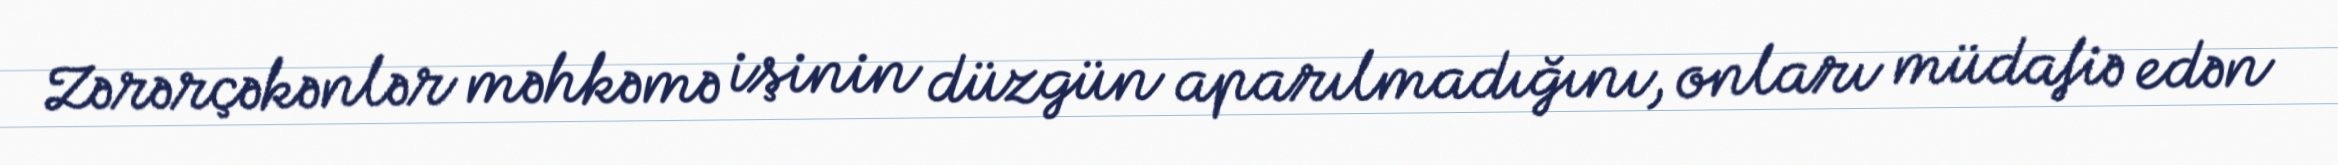
Zərərçəkənlər məhkəmə işinin düzgün aparılmadığını, onları müdafiə edən